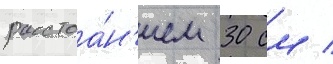
расстоа́н'ием 30 см /